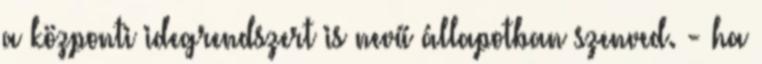
a központi idegrendszert is nevű állapotban szenved. - ha